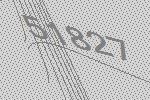
51827